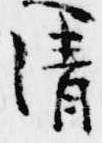
清